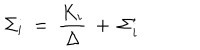
LaTeX: \Sigma _ { i } ~ = ~ \frac { K _ { i } } { \Delta } ~ + ~ \Sigma _ { i } ^ { \prime }